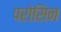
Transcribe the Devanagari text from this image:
परोसिन